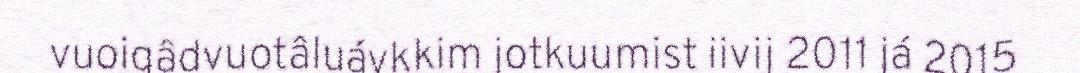
vuoigâdvuotâluávkkim jotkuumist iivij 2011 já 2015